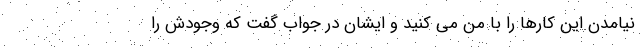
نیامدن این کارها را با من می کنید و ایشان در جواب گفت که وجودش را